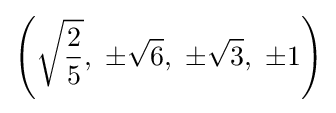
\left({\sqrt {\frac {2}{5}}},\ \pm {\sqrt {6}},\ \pm {\sqrt {3}},\ \pm 1\right)